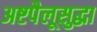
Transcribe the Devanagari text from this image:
अष्टपैलूसुद्धा